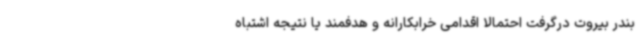
بندر بیروت درگرفت احتمالا اقدامی خرابکارانه و هدفمند یا نتیجه اشتباه